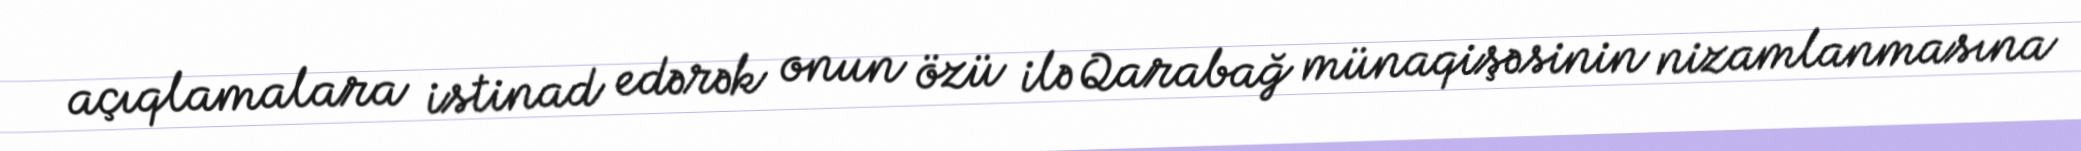
açıqlamalara istinad edərək onun özü ilə Qarabağ münaqişəsinin nizamlanmasına